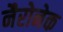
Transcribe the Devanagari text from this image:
नैरोनेक